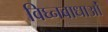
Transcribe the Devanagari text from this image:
विघ्नबाधाओं